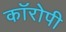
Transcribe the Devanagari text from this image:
कॉरोपी